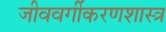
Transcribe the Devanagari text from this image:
जीववर्गीकरणशास्त्र